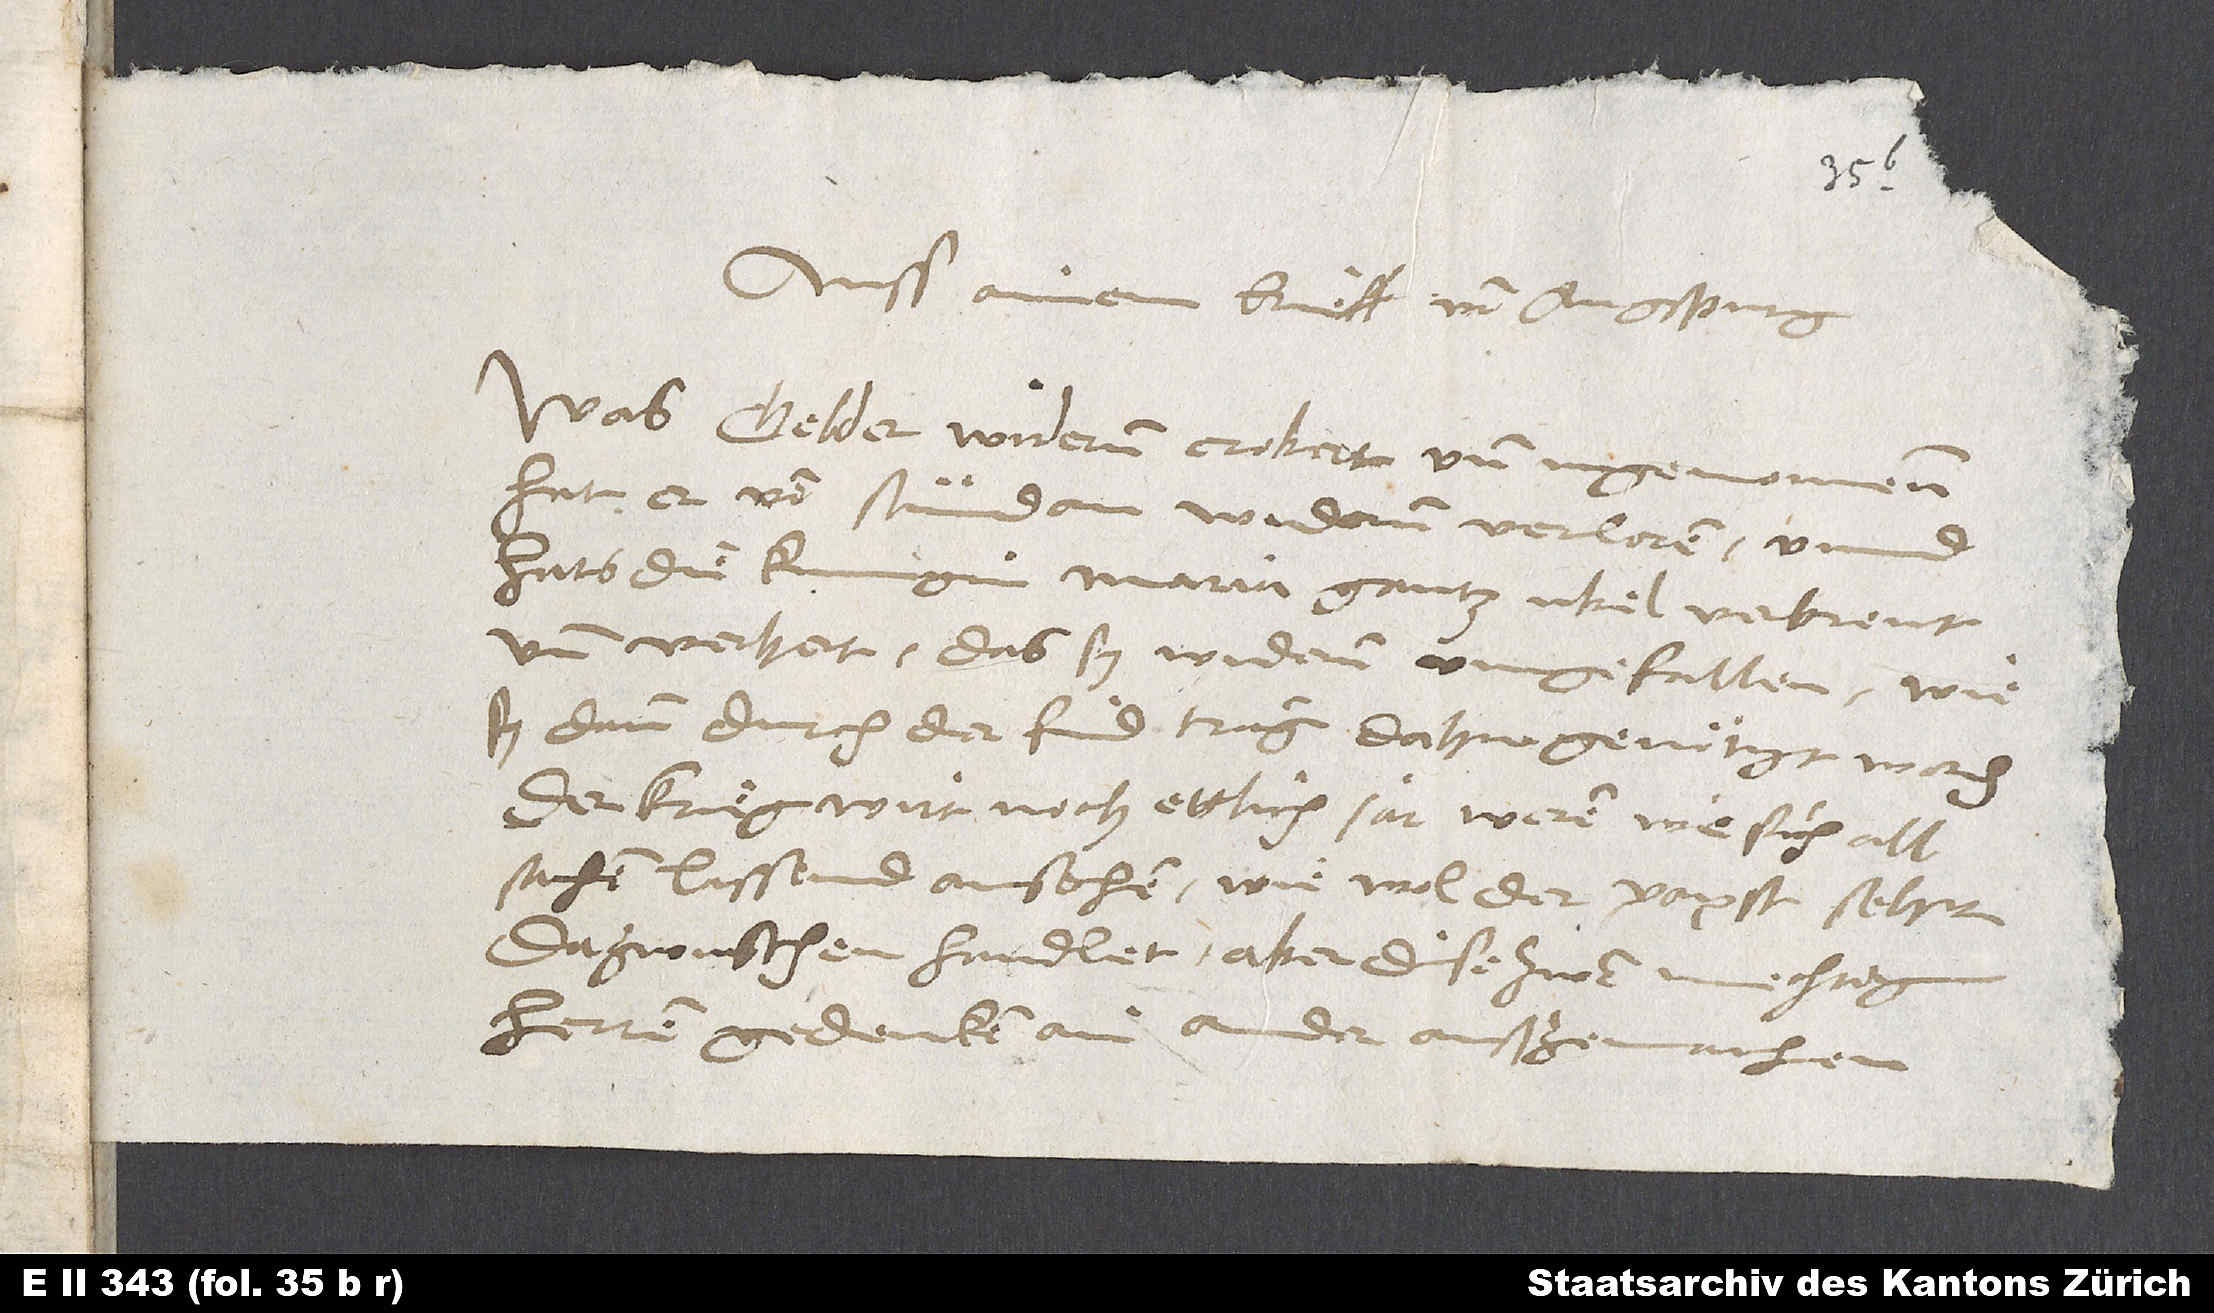
Auss ainem brieff von Augspurg:
Was Gelder widerum erobert und ingenomen,
hat er von stund an widerum verloren, unnd
hats die kunigin Maria gantz ubel verbrent
und verhert, das sy widerum umgefallen, wie
sy dann durch der find trang dahin genötigt worden.
Der krieg wirt noch ettlich jar weren, wie sich all
sachen lassend ansechen, wiewol der papst sehr
dazwuschen handlet. Aber dise zwen mechtigen
herren gedenken ainander außzemachen.